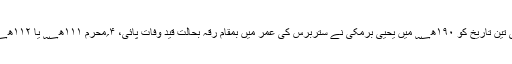
۷۵۲ھ؁ کی اسی تاریخ اور اسی مہینہ میںسلطان محمد تغلق شاہ کی وفات ہوئی، اس ماہ کی تین تاریخ کو ۱۹۰ھ؁ میں یحییٰ برمکی نے ستربرس کی عمر میں بمقام رقہ بحالت قید وفات پائی، ۴؍محرم ۱۱۱ھ؁ یا ۱۱۲ھ؁ میںہشام بن عبدالملک بن مروان کے زمانہ حکومت میں خواجہ حسن بصری نے انتقال کیا۔